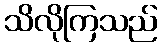
သိလိုကြသည်